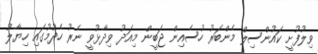
ވިލުފުށީ ކައުންސިލް މެންބަރު ހުސެއިން ޖަބީން މިއަދު ވިދާޅުވީ ނެރު ހެދުމުގައި ހިޔާލު